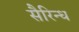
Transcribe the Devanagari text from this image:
सैरिन्ध